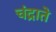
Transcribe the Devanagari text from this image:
चंद्राते